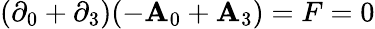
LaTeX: (\partial_{0}+\partial_{3})(-\mathbf{A}_{0}+\mathbf{A}_{3})=F=0